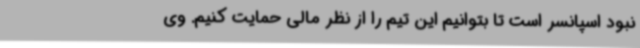
نبود اسپانسر است تا بتوانیم این تیم را از نظر مالی حمایت کنیم. وی